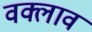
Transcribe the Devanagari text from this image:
वक्लाव